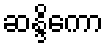
ဆန္ဒိကော